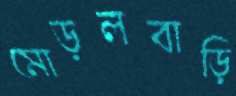
মোড়লবাড়ি